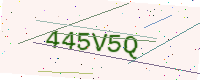
Text: 445V5Q